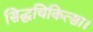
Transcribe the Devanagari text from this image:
सिद्धचिकित्सा।